画像に写った文字を読んでください
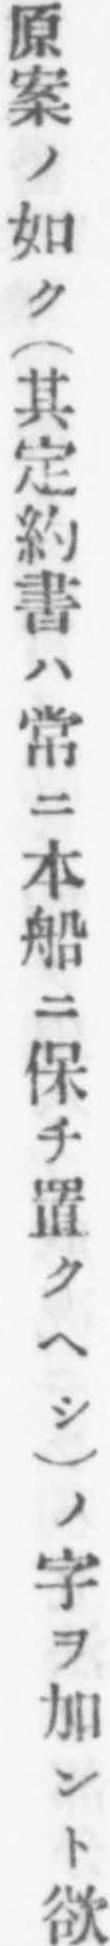
「原案ノ如ク(其定約書ハ常ニ本船ニ保チ置クヘシ)ノ字ヲ加ント欲」と書いてあります